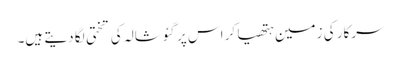
سرکار کی زمین ہتھیا کر اس پر گئوشالہ کی تختی لگا دیتے ہیں۔